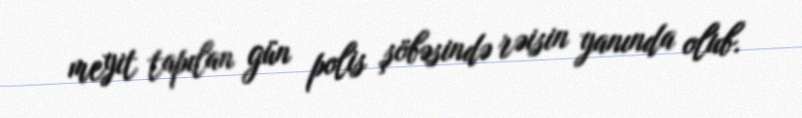
meyit tapılan gün polis şöbəsində rəisin yanında olub.